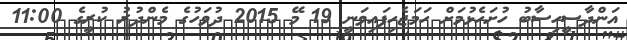
އަންދާސީހިސާބު ހުށަހެޅުމަށް ހަމަޖެހިފައިވަނީ 19 މޭ 2015 ދުވަހުގެ މެންދުރު ކުރީގެ 11:00